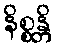
နိစ္စန္တိ